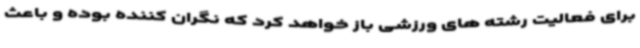
برای فعالیت رشته های ورزشی باز خواهد کرد که نگران کننده بوده و باعث